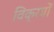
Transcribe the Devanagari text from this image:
विक्रयों